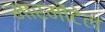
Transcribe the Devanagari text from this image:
मारमोंटेल